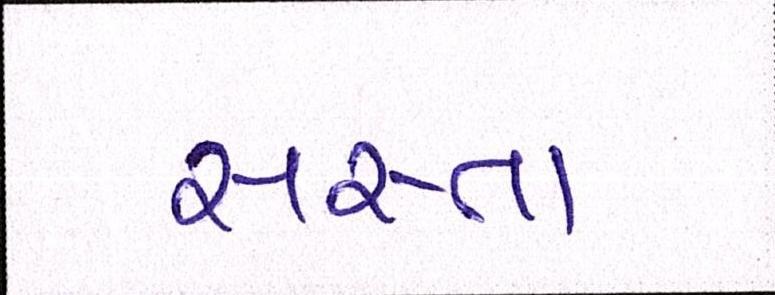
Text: સસ્તા